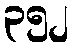
၃၅၂